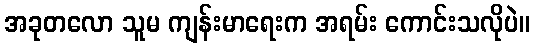
အခုတလော သူမ ကျန်းမာရေးက အရမ်း ကောင်းသလိုပဲ။